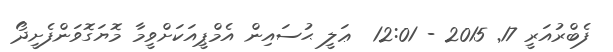
ފެބްރުއަރީ 17